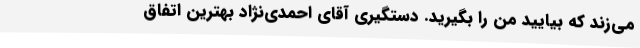
می‌زند که بیایید من را بگیرید. دستگیری آقای احمدی‌نژاد بهترین اتفاق